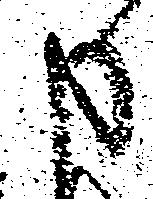
申